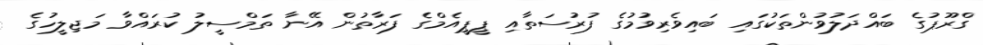
ގްރޫޕުގެ ބައްދަލުވުންތަކުގައި ބައިވެރިވުމުގެ ފުރުސަތާއި ޕީޕީއެމްގެ ފަރާތުން އޭނާ ތަމްސީލު ކުރައްވާ މަޖިލީހުގެ